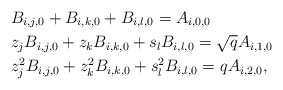
\begin{align*}&B_{i,j,0}+B_{i,k,0}+B_{i,l,0}=A_{i,0,0}\\&z_jB_{i,j,0}+z_kB_{i,k,0}+s_lB_{i,l,0}=\sqrt{q}A_{i,1,0}\\&z_j^2B_{i,j,0}+z_k^2B_{i,k,0}+s_l^2B_{i,l,0}=qA_{i,2,0},\end{align*}